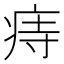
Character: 痔